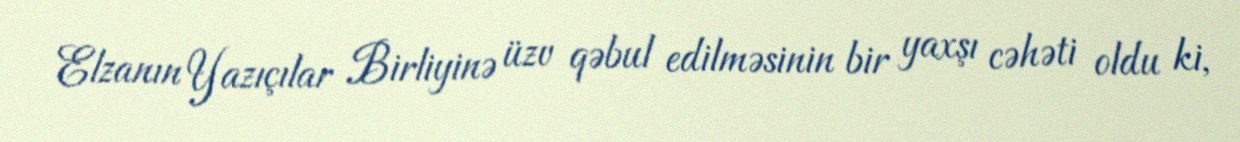
Elzanın Yazıçılar Birliyinə üzv qəbul edilməsinin bir yaxşı cəhəti oldu ki,